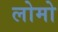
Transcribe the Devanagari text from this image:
लोमो